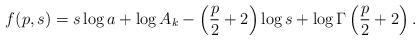
LaTeX: \begin{align*}f(p,s) = s\log a+\log A_k-\left(\frac{p}{2}+2\right)\log s + \log \Gamma\left(\frac{p}{2}+2\right).\end{align*}